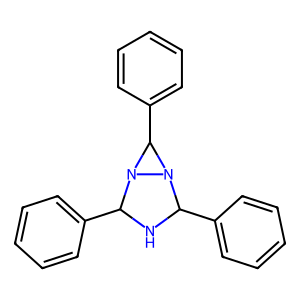
SMILES: c1ccc(C2NC(c3ccccc3)N3C(c4ccccc4)N23)cc1
Inhibits HIV replication: No